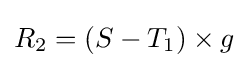
R_{2}=(S-T_{1})\times g